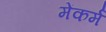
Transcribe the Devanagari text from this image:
मेंकर्म